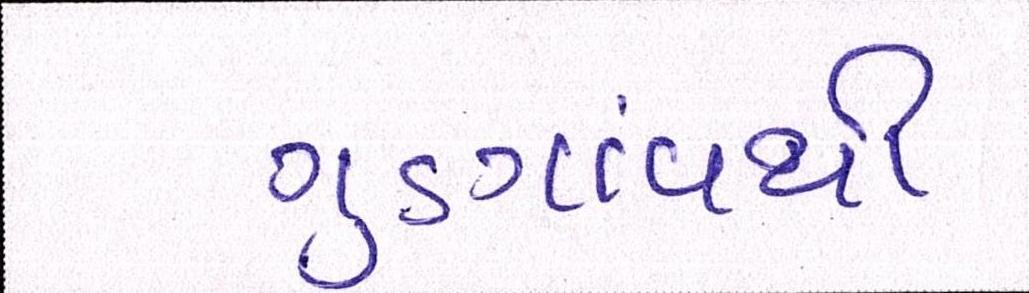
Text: ગુડગાંવથી